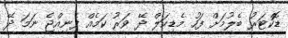
ޑޮކްޓަރު ބެލުމަށް ފަހު މެޑިކަލް ދޭ ވަރު ކަމެއް ފެނިއްޖެ ނަމަ ދޭ